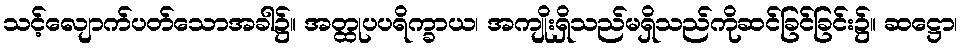
သင့်လျောက်ပတ်သောအခါ၌။ အတ္ထုပပရိက္ခာယ၊ အကျိုးရှိသည်မရှိသည်ကိုဆင်ခြင်ခြင်း၌။ ဆဋ္ဌော၊